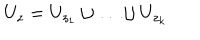
LaTeX: U _ { z } = U _ { z _ { 1 } } \cup \ldots \cup U _ { z _ { k } }